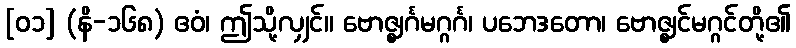
[၀၁] (နိ-၁၆၈) ဧဝံ၊ ဤသို့လျှင်။ ဗောဇ္ဈင်္ဂမဂ္ဂင်္ဂ၊ ပဘေဒတော၊ ဗောဇ္ဈင်မဂ္ဂင်တို့၏